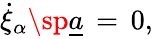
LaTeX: \dot{\xi}_{\alpha}\sp{\underline{{{a}}}}\, =\, 0,